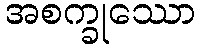
အစက္ခုဿော